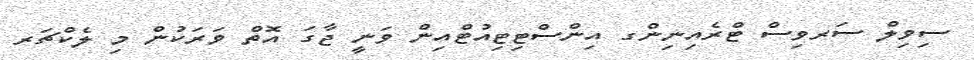
ސިވިލް ސަރވިސް ޓްރެއިނިންގ އިންސްޓިޓިއުޓްއިން ވަނީ ޖާގަ އޮތް ވަރަކުން މި ލެކްޗަރ